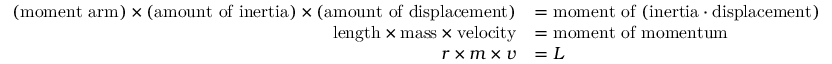
{ \begin{array} { r l } { ( { \mathrm { m o m e n t ~ a r m } } ) \times ( { \mathrm { a m o u n t ~ o f ~ i n e r t i a } } ) \times ( { \mathrm { a m o u n t ~ o f ~ d i s p l a c e m e n t } } ) } & { = { \mathrm { m o m e n t ~ o f ~ ( i n e r t i a ⋅ d i s p l a c e m e n t ) } } } \\ { { \mathrm { l e n g t h } } \times { \mathrm { m a s s } } \times { \mathrm { v e l o c i t y } } } & { = { \mathrm { m o m e n t ~ o f ~ m o m e n t u m } } } \\ { r \times m \times v } & { = L } \end{array} }